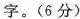
字。(6分)